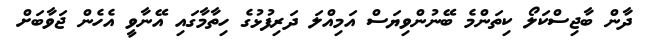
ދާން ބާޖިސްކަލޯ ކިތަންމެ ބޭނުންވިޔަސް އަމިއްލަ ދަރިފުޅުގެ ހިތާމާގައި އޭނާވީ އެހެން ޖަވާބަށް